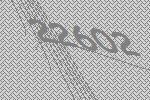
22602